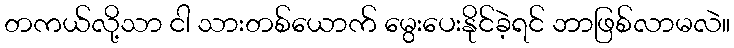
တကယ်လို့သာ ငါ သားတစ်ယောက် မွေးပေးနိုင်ခဲ့ရင် ဘာဖြစ်လာမလဲ။